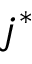
j ^ { * }